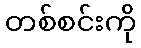
တစ်စင်းကို